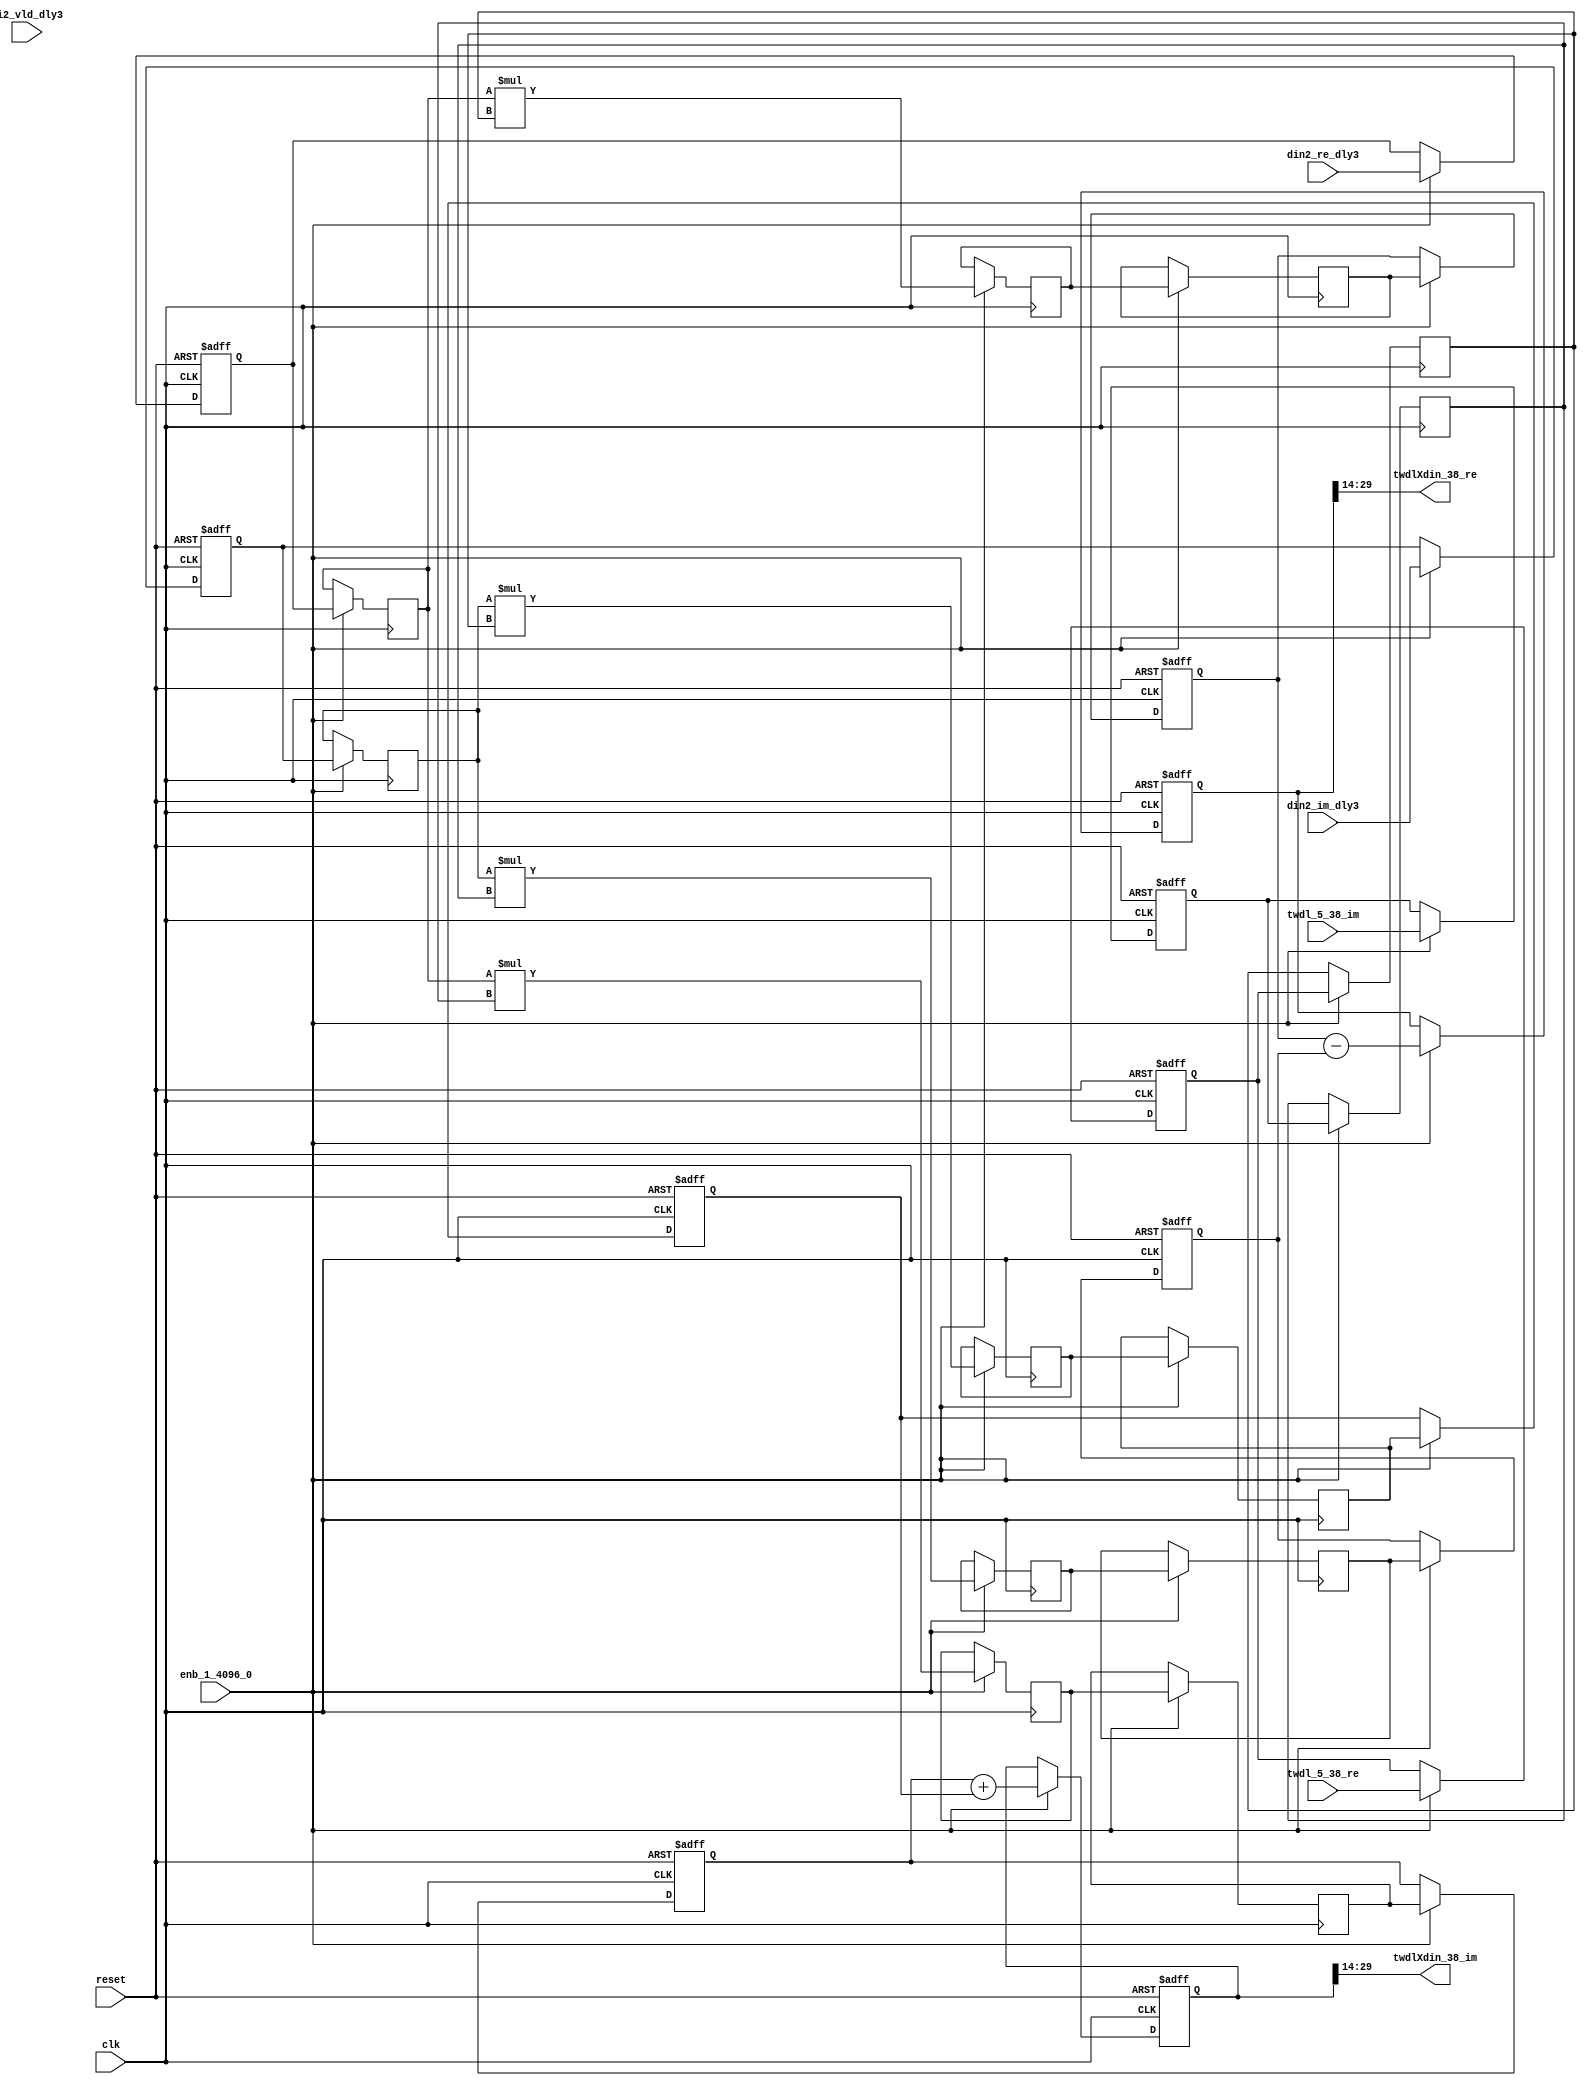
// -------------------------------------------------------------
// 
// 
// Generated by MATLAB 9.14 and HDL Coder 4.1
// 
// -------------------------------------------------------------


// -------------------------------------------------------------
// 
// Module: Complex4Multiply_block93
// Source Path: dsphdl.IFFT/TWDLMULT_SDNF1_5/Complex4Multiply
// Hierarchy Level: 5
// 
// -------------------------------------------------------------

`timescale 1 ns / 1 ns

module Complex4Multiply_block93
          (clk,
           reset,
           enb_1_4096_0,
           din2_re_dly3,
           din2_im_dly3,
           di2_vld_dly3,
           twdl_5_38_re,
           twdl_5_38_im,
           twdlXdin_38_re,
           twdlXdin_38_im);


  input   clk;
  input   reset;
  input   enb_1_4096_0;
  input   signed [15:0] din2_re_dly3;  // sfix16_En14
  input   signed [15:0] din2_im_dly3;  // sfix16_En14
  input   di2_vld_dly3;
  input   signed [15:0] twdl_5_38_re;  // sfix16_En14
  input   signed [15:0] twdl_5_38_im;  // sfix16_En14
  output  signed [15:0] twdlXdin_38_re;  // sfix16_En14
  output  signed [15:0] twdlXdin_38_im;  // sfix16_En14


  reg signed [15:0] din_re_reg;  // sfix16_En14
  reg signed [15:0] din_im_reg;  // sfix16_En14
  reg signed [15:0] twdl_re_reg;  // sfix16_En14
  reg signed [15:0] twdl_im_reg;  // sfix16_En14
  reg signed [15:0] Complex4Multiply_din1_re_pipe1;  // sfix16
  reg signed [15:0] Complex4Multiply_din1_im_pipe1;  // sfix16
  reg signed [31:0] Complex4Multiply_mult1_re_pipe1;  // sfix32
  reg signed [31:0] Complex4Multiply_mult2_re_pipe1;  // sfix32
  reg signed [31:0] Complex4Multiply_mult1_im_pipe1;  // sfix32
  reg signed [31:0] Complex4Multiply_mult2_im_pipe1;  // sfix32
  reg signed [15:0] Complex4Multiply_twiddle_re_pipe1;  // sfix16
  reg signed [15:0] Complex4Multiply_twiddle_im_pipe1;  // sfix16
  reg signed [31:0] prod1_re;  // sfix32_En28
  reg signed [31:0] prod1_im;  // sfix32_En28
  reg signed [31:0] prod2_re;  // sfix32_En28
  reg signed [31:0] prod2_im;  // sfix32_En28
  reg  din_vld_dly1;
  reg  din_vld_dly2;
  reg  din_vld_dly3;
  reg  prod_vld;
  reg signed [32:0] Complex4Add_multRes_re_reg;  // sfix33
  reg signed [32:0] Complex4Add_multRes_im_reg;  // sfix33
  reg  Complex4Add_prod_vld_reg1;
  reg signed [31:0] Complex4Add_prod1_re_reg;  // sfix32
  reg signed [31:0] Complex4Add_prod1_im_reg;  // sfix32
  reg signed [31:0] Complex4Add_prod2_re_reg;  // sfix32
  reg signed [31:0] Complex4Add_prod2_im_reg;  // sfix32
  wire signed [32:0] Complex4Add_multRes_re_reg_next;  // sfix33_En28
  wire signed [32:0] Complex4Add_multRes_im_reg_next;  // sfix33_En28
  wire signed [32:0] Complex4Add_sub_cast;  // sfix33_En28
  wire signed [32:0] Complex4Add_sub_cast_1;  // sfix33_En28
  wire signed [32:0] Complex4Add_add_cast;  // sfix33_En28
  wire signed [32:0] Complex4Add_add_cast_1;  // sfix33_En28
  wire signed [32:0] mulResFP_re;  // sfix33_En28
  wire signed [32:0] mulResFP_im;  // sfix33_En28
  reg  twdlXdin2_vld;

  initial begin
    Complex4Multiply_din1_re_pipe1 = 16'sb0000000000000000;
    Complex4Multiply_din1_im_pipe1 = 16'sb0000000000000000;
    Complex4Multiply_twiddle_re_pipe1 = 16'sb0000000000000000;
    Complex4Multiply_twiddle_im_pipe1 = 16'sb0000000000000000;
    Complex4Multiply_mult1_re_pipe1 = 32'sb00000000000000000000000000000000;
    Complex4Multiply_mult2_re_pipe1 = 32'sb00000000000000000000000000000000;
    Complex4Multiply_mult1_im_pipe1 = 32'sb00000000000000000000000000000000;
    Complex4Multiply_mult2_im_pipe1 = 32'sb00000000000000000000000000000000;
    prod1_re = 32'sb00000000000000000000000000000000;
    prod2_re = 32'sb00000000000000000000000000000000;
    prod1_im = 32'sb00000000000000000000000000000000;
    prod2_im = 32'sb00000000000000000000000000000000;
  end

  always @(posedge clk or posedge reset)
    begin : intdelay_process
      if (reset == 1'b1) begin
        din_re_reg <= 16'sb0000000000000000;
      end
      else begin
        if (enb_1_4096_0) begin
          din_re_reg <= din2_re_dly3;
        end
      end
    end



  always @(posedge clk or posedge reset)
    begin : intdelay_1_process
      if (reset == 1'b1) begin
        din_im_reg <= 16'sb0000000000000000;
      end
      else begin
        if (enb_1_4096_0) begin
          din_im_reg <= din2_im_dly3;
        end
      end
    end



  always @(posedge clk or posedge reset)
    begin : intdelay_2_process
      if (reset == 1'b1) begin
        twdl_re_reg <= 16'sb0000000000000000;
      end
      else begin
        if (enb_1_4096_0) begin
          twdl_re_reg <= twdl_5_38_re;
        end
      end
    end



  always @(posedge clk or posedge reset)
    begin : intdelay_3_process
      if (reset == 1'b1) begin
        twdl_im_reg <= 16'sb0000000000000000;
      end
      else begin
        if (enb_1_4096_0) begin
          twdl_im_reg <= twdl_5_38_im;
        end
      end
    end



  // Complex4Multiply
  always @(posedge clk)
    begin : Complex4Multiply_process
      if (enb_1_4096_0) begin
        prod1_re <= Complex4Multiply_mult1_re_pipe1;
        prod2_re <= Complex4Multiply_mult2_re_pipe1;
        prod1_im <= Complex4Multiply_mult1_im_pipe1;
        prod2_im <= Complex4Multiply_mult2_im_pipe1;
        Complex4Multiply_mult1_re_pipe1 <= Complex4Multiply_din1_re_pipe1 * Complex4Multiply_twiddle_re_pipe1;
        Complex4Multiply_mult2_re_pipe1 <= Complex4Multiply_din1_im_pipe1 * Complex4Multiply_twiddle_im_pipe1;
        Complex4Multiply_mult1_im_pipe1 <= Complex4Multiply_din1_re_pipe1 * Complex4Multiply_twiddle_im_pipe1;
        Complex4Multiply_mult2_im_pipe1 <= Complex4Multiply_din1_im_pipe1 * Complex4Multiply_twiddle_re_pipe1;
        Complex4Multiply_twiddle_re_pipe1 <= twdl_re_reg;
        Complex4Multiply_twiddle_im_pipe1 <= twdl_im_reg;
        Complex4Multiply_din1_re_pipe1 <= din_re_reg;
        Complex4Multiply_din1_im_pipe1 <= din_im_reg;
      end
    end



  always @(posedge clk or posedge reset)
    begin : intdelay_4_process
      if (reset == 1'b1) begin
        din_vld_dly1 <= 1'b0;
      end
      else begin
        if (enb_1_4096_0) begin
          din_vld_dly1 <= di2_vld_dly3;
        end
      end
    end



  always @(posedge clk or posedge reset)
    begin : intdelay_5_process
      if (reset == 1'b1) begin
        din_vld_dly2 <= 1'b0;
      end
      else begin
        if (enb_1_4096_0) begin
          din_vld_dly2 <= din_vld_dly1;
        end
      end
    end



  always @(posedge clk or posedge reset)
    begin : intdelay_6_process
      if (reset == 1'b1) begin
        din_vld_dly3 <= 1'b0;
      end
      else begin
        if (enb_1_4096_0) begin
          din_vld_dly3 <= din_vld_dly2;
        end
      end
    end



  always @(posedge clk or posedge reset)
    begin : intdelay_7_process
      if (reset == 1'b1) begin
        prod_vld <= 1'b0;
      end
      else begin
        if (enb_1_4096_0) begin
          prod_vld <= din_vld_dly3;
        end
      end
    end



  // Complex4Add
  always @(posedge clk or posedge reset)
    begin : Complex4Add_process
      if (reset == 1'b1) begin
        Complex4Add_multRes_re_reg <= 33'sh000000000;
        Complex4Add_multRes_im_reg <= 33'sh000000000;
        Complex4Add_prod1_re_reg <= 32'sb00000000000000000000000000000000;
        Complex4Add_prod1_im_reg <= 32'sb00000000000000000000000000000000;
        Complex4Add_prod2_re_reg <= 32'sb00000000000000000000000000000000;
        Complex4Add_prod2_im_reg <= 32'sb00000000000000000000000000000000;
        Complex4Add_prod_vld_reg1 <= 1'b0;
        twdlXdin2_vld <= 1'b0;
      end
      else begin
        if (enb_1_4096_0) begin
          Complex4Add_multRes_re_reg <= Complex4Add_multRes_re_reg_next;
          Complex4Add_multRes_im_reg <= Complex4Add_multRes_im_reg_next;
          Complex4Add_prod1_re_reg <= prod1_re;
          Complex4Add_prod1_im_reg <= prod1_im;
          Complex4Add_prod2_re_reg <= prod2_re;
          Complex4Add_prod2_im_reg <= prod2_im;
          twdlXdin2_vld <= Complex4Add_prod_vld_reg1;
          Complex4Add_prod_vld_reg1 <= prod_vld;
        end
      end
    end

  assign Complex4Add_sub_cast = {Complex4Add_prod1_re_reg[31], Complex4Add_prod1_re_reg};
  assign Complex4Add_sub_cast_1 = {Complex4Add_prod2_re_reg[31], Complex4Add_prod2_re_reg};
  assign Complex4Add_multRes_re_reg_next = Complex4Add_sub_cast - Complex4Add_sub_cast_1;
  assign Complex4Add_add_cast = {Complex4Add_prod1_im_reg[31], Complex4Add_prod1_im_reg};
  assign Complex4Add_add_cast_1 = {Complex4Add_prod2_im_reg[31], Complex4Add_prod2_im_reg};
  assign Complex4Add_multRes_im_reg_next = Complex4Add_add_cast + Complex4Add_add_cast_1;
  assign mulResFP_re = Complex4Add_multRes_re_reg;
  assign mulResFP_im = Complex4Add_multRes_im_reg;



  assign twdlXdin_38_re = mulResFP_re[29:14];



  assign twdlXdin_38_im = mulResFP_im[29:14];



endmodule  // Complex4Multiply_block93